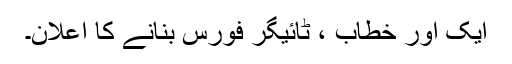
ایک اور خطاب ، ٹائیگر فورس بنانے کا اعلان۔